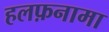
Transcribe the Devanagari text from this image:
हलफ़नामा